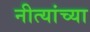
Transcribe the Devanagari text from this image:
नीत्यांच्या